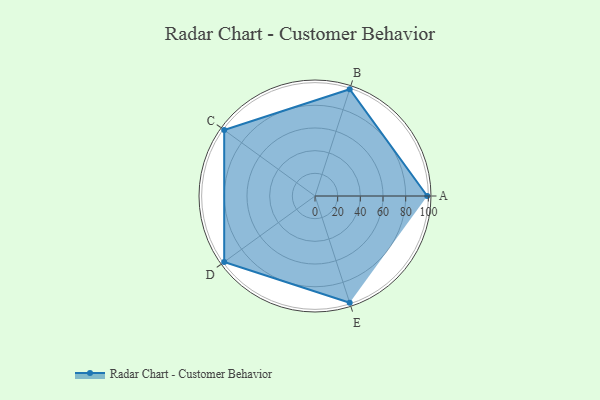
{"axis": {"x": "Skill", "y": "Score"}, "legend": ["Profile"], "data": [{"x": "A", "y": 99, "type": "Profile"}, {"x": "B", "y": 99, "type": "Profile"}, {"x": "C", "y": 99, "type": "Profile"}, {"x": "D", "y": 99, "type": "Profile"}, {"x": "E", "y": 99, "type": "Profile"}]}